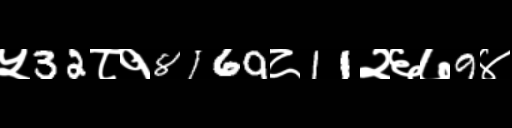
Text: ५32८१8169८11२६७9४